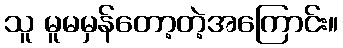
သူ မူမမှန်တော့တဲ့အကြောင်း။